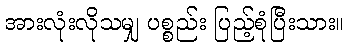
အားလုံးလိုသမျှ ပစ္စည်း ပြည့်စုံပြီးသား။